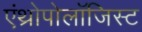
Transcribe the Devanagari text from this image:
एंथ्रोपोलॉजिस्ट